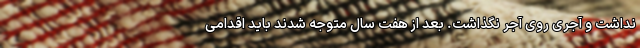
نداشت و آجری روی آجر نگذاشت. بعد از هفت سال متوجه شدند باید اقدامی